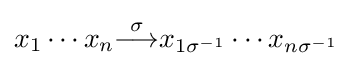
x_{1}\cdots x_{n}{\overset {\sigma }{\longrightarrow }}x_{1\sigma ^{-1}}\cdots x_{n\sigma ^{-1}}